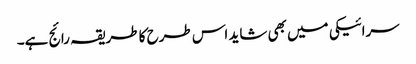
سرائیکی میں بھی شاید اس طرح کا طریقہ رائج ہے۔